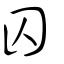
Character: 囚